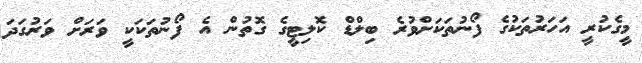
މީގެކުރީ އަހަރުތަކުގެ ފޯނުތަކަށްވުރެ ބިލްޑް ކޮލިޓީގެ ގޮތުން އެ ފޯނުތަކަކީ ވަރަށް ވަރުގަދަ